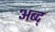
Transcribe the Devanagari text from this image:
अब्द्